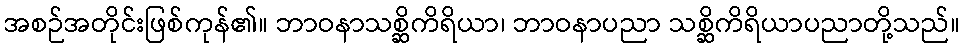
အစဉ်အတိုင်းဖြစ်ကုန်၏။ ဘာဝနာသစ္ဆိကိရိယာ၊ ဘာဝနာပညာ သစ္ဆိကိရိယာပညာတို့သည်။